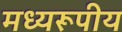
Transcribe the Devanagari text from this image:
मध्यरूपीय